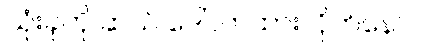
သုံးခုကို ဆယ် ဒေါ်လာထားလိုက်နော်။